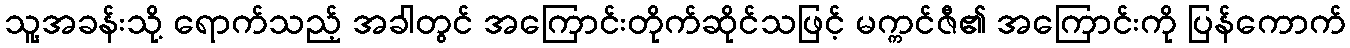
သူ့အခန်းသို့ ရောက်သည့် အခါတွင် အကြောင်းတိုက်ဆိုင်သဖြင့် မက္ကင်ဇီ၏ အကြောင်းကို ပြန်ကောက်